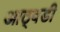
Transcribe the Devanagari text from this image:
आठ्वडी